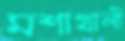
মশাখালী